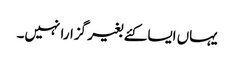
یہاں ایسا کئے بغیر گزارا نہیں۔